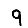
Digit: 9